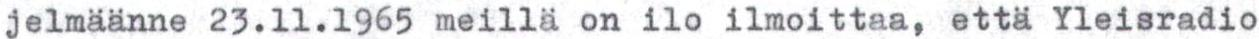
jelmäänne 23.11.1965 meillä on ilo ilmoittaa, että Yleisradio